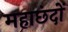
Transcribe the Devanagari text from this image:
महाछंदों